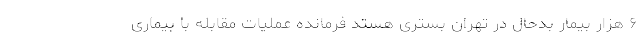
۶ هزار بیمار بدحال در تهران بستری هستد فرمانده عملیات مقابله با بیماری